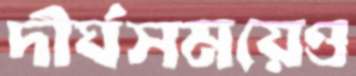
দীর্ঘসময়েও